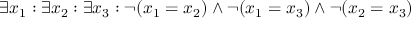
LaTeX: \exists x _ { 1 } : \exists x _ { 2 } : \exists x _ { 3 } : \lnot ( x _ { 1 } = x _ { 2 } ) \land \lnot ( x _ { 1 } = x _ { 3 } ) \land \lnot ( x _ { 2 } = x _ { 3 } )